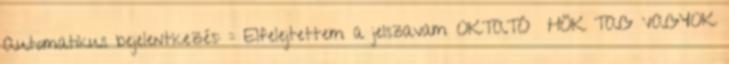
Automatikus bejelentkezés: :: Elfelejtettem a jelszavam OKTATÓ HÖK TAG VAGYOK